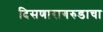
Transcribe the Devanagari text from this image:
दिसणारागरुडाचा